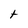
Character: t